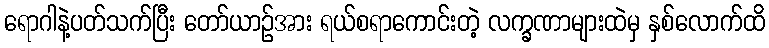
ရောဂါနဲ့ပတ်သက်ပြီး တော်ယာဉ်အား ရယ်စရာကောင်းတဲ့ လက္ခဏာများထဲမှ နှစ်လောက်ထိ